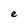
Character: e